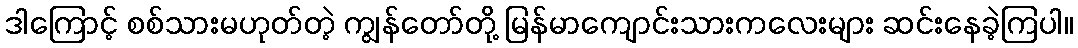
ဒါကြောင့် စစ်သားမဟုတ်တဲ့ ကျွန်တော်တို့ မြန်မာကျောင်းသားကလေးများ ဆင်းနေခဲ့ကြပါ။